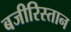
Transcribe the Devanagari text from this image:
बजीरिस्तान